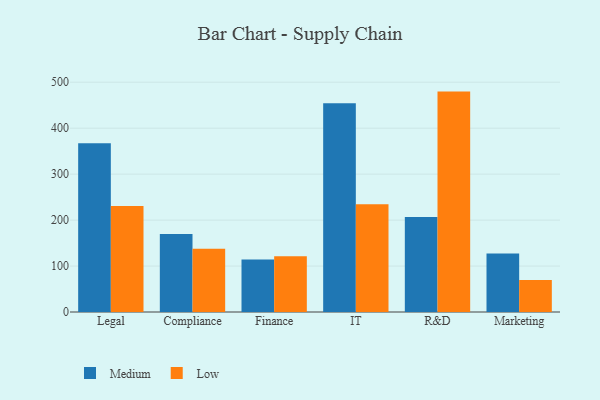
{"axis": {"x": "Department", "y": "Website Visitors"}, "legend": ["Low", "Medium"], "data": [{"x": "Legal", "y": 367.3, "type": "Medium"}, {"x": "Legal", "y": 230.9, "type": "Low"}, {"x": "Compliance", "y": 169.7, "type": "Medium"}, {"x": "Compliance", "y": 137.9, "type": "Low"}, {"x": "Finance", "y": 114.5, "type": "Medium"}, {"x": "Finance", "y": 121.4, "type": "Low"}, {"x": "IT", "y": 454.4, "type": "Medium"}, {"x": "IT", "y": 234.3, "type": "Low"}, {"x": "R&D", "y": 206.6, "type": "Medium"}, {"x": "R&D", "y": 479.6, "type": "Low"}, {"x": "Marketing", "y": 127.4, "type": "Medium"}, {"x": "Marketing", "y": 69.5, "type": "Low"}]}